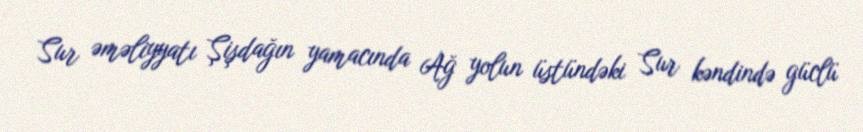
Sur əməliyyatı Şişdağın yamacında Ağ yolun üstündəki Sur kəndində güclü